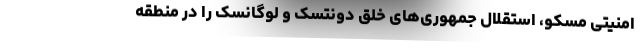
امنیتی مسکو، استقلال جمهوری‌های خلق دونتسک و لوگانسک را در منطقه